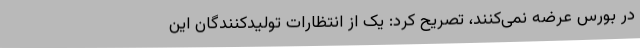
در بورس عرضه نمی‌کنند، تصریح کرد: یک از انتظارات تولیدکنندگان این